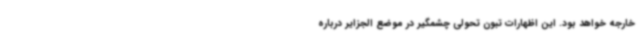
خارجه خواهد بود. این اظهارات تبون تحولی چشمگیر در موضع الجزایر درباره